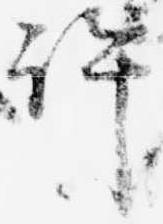
許